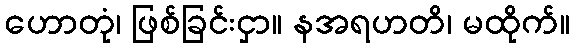
ဟောတုံ၊ ဖြစ်ခြင်းငှာ။ နအရဟတိ၊ မထိုက်။